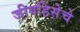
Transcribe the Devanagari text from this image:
जीवहिंसेचे